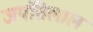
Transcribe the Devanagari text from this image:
जयंतिलाल